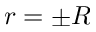
r = \pm R